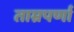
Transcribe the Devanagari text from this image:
ताम्रपर्णा